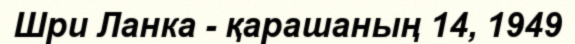
Шри Ланка - қарашаның 14, 1949